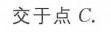
交于点 \(C\).